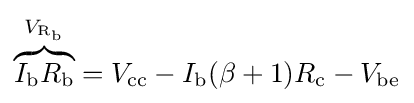
\overbrace {I_{\text{b}}R_{\text{b}}} ^{V_{{\text{R}}_{\text{b}}}}=V_{\text{cc}}-I_{\text{b}}(\beta +1)R_{\text{c}}-V_{\text{be}}